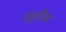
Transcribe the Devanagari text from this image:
नाइत्रिक